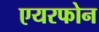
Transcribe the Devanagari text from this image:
एयरफोन